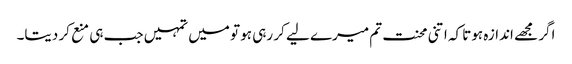
اگر مجھے اندازہ ہوتا کہ اتنی محنت تم میرے لیے کر رہی ہو تو میں تمہیں جب ہی منع کر دیتا۔